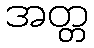
အတ္တ